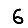
Digit: 6